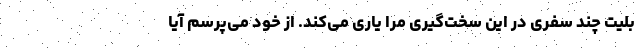
بلیت چند سفری در این سخت‌گیری مرا یاری می‌کند. از خود می‌پرسم آیا